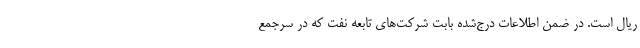
ریال است. در ضمن اطلاعات درج‌شده بابت شرکت‌های تابعه نفت که در سرجمع